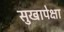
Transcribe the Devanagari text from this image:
सुखापेक्षा